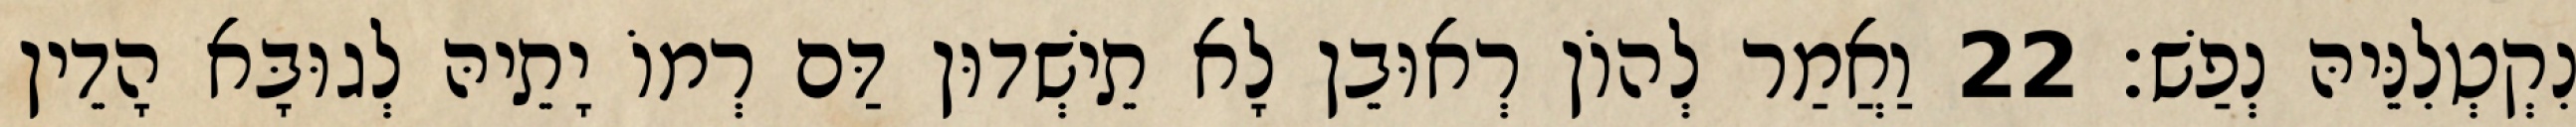
נִקְטְלִנֵּיהּ נְפַשׁ׃ 22 וַאֲמַר לְהוֹן רְאוּבֵן לָא תֵישְׁדוּן דַּם רְמוֹ יָתֵיהּ לְגוּבָּא הָדֵין